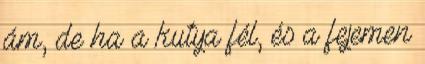
ám, de ha a kutya fél, és a fejemen